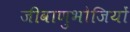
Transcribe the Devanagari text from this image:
जीवाणुभोजियों